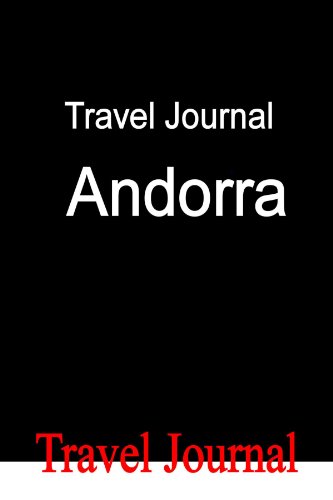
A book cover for Travel Journal Andorra; E Locken; Travel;